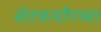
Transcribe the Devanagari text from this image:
शेतकर्यांगच्या